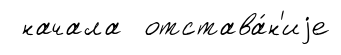
начала отстава́н'иjе